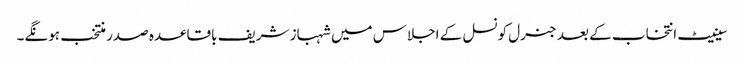
سینیٹ انتخاب کے بعد جنرل کونسل کے اجلاس میں شہباز شریف باقاعدہ صدر منتخب ہونگے۔